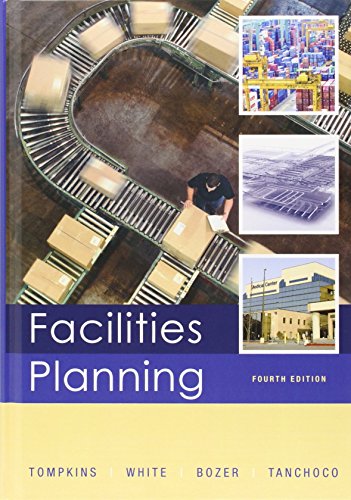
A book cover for Facilities Planning; James A. Tompkins; Business & Money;